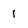
Character: 1